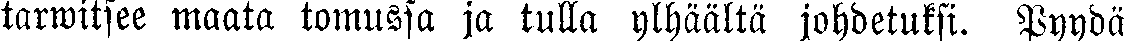
tarwitsee maata tomussa ja tulla ylhäältä johdetuksi. Pyydä